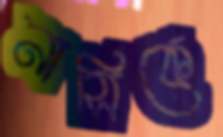
নাসিকে